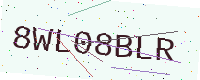
Text: 8WL08BLR